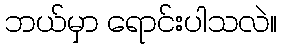
ဘယ်မှာ ရောင်းပါသလဲ။